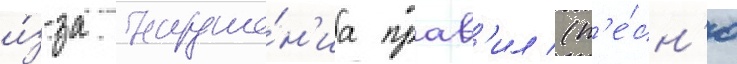
и́з-за наруше́н'иа прав'ил (п'е́сн'ю